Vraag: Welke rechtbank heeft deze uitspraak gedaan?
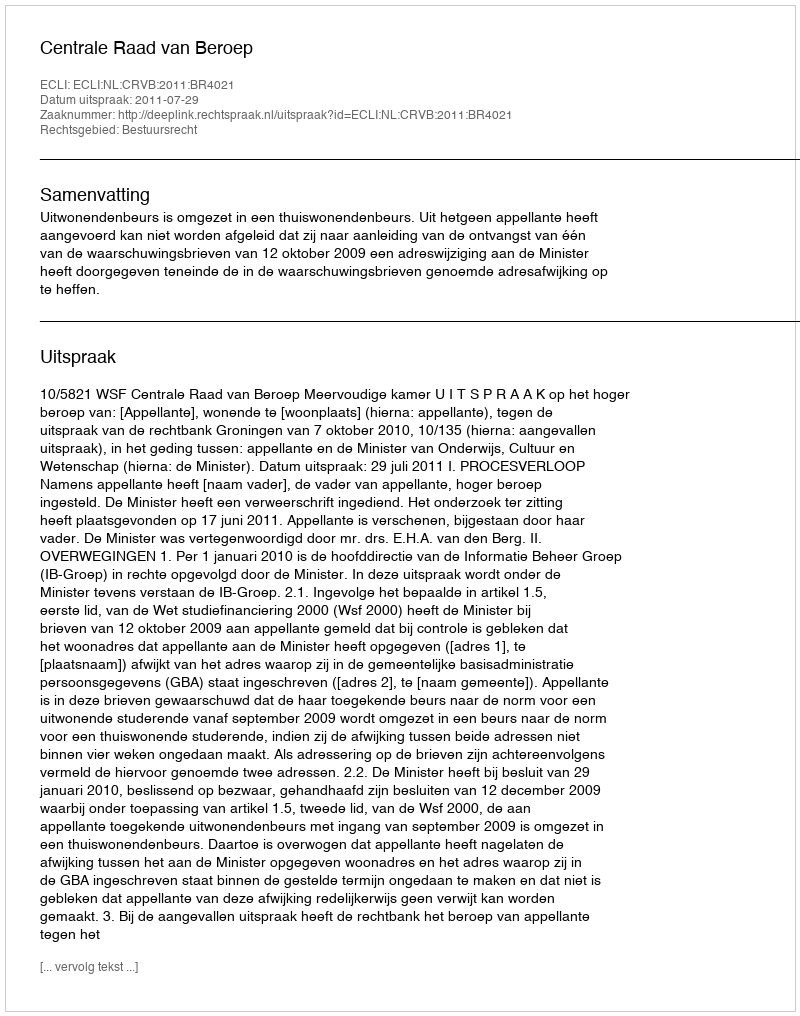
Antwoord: Centrale Raad van Beroep